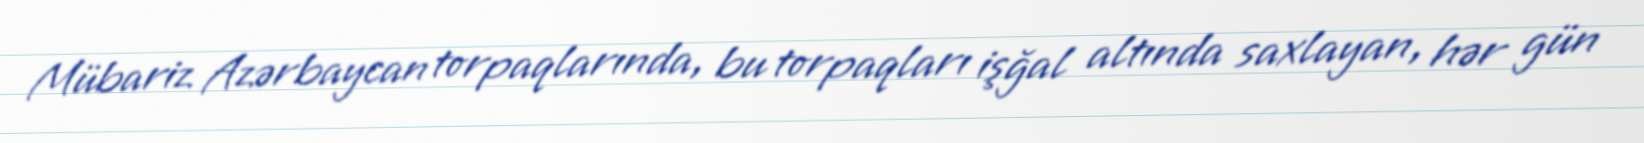
Mübariz Azərbaycan torpaqlarında, bu torpaqları işğal altında saxlayan, hər gün